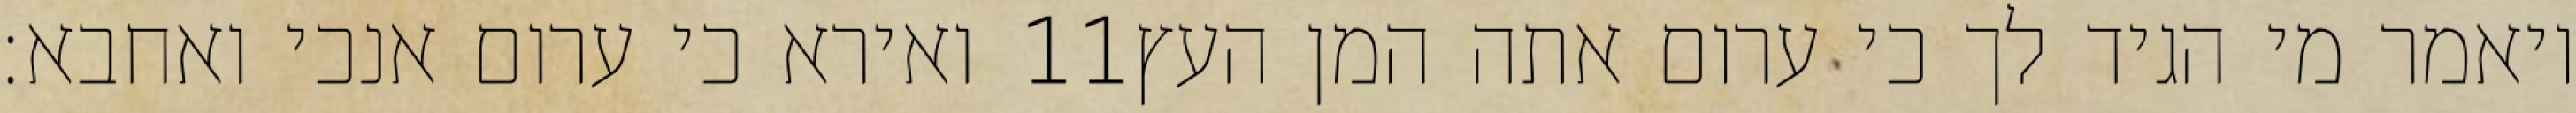
ואירא כי ערום אנכי ואחבא׃ ‎11‏ ויאמר מי הגיד לך כי ערום אתה המן העץ